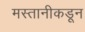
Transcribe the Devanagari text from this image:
मस्तानीकडून